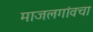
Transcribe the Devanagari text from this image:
माजलगांवचा